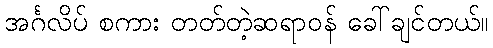
အင်္ဂလိပ် စကား တတ်တဲ့ဆရာဝန် ခေါ်ချင်တယ်။